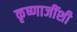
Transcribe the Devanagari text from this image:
कृष्णाजींशी